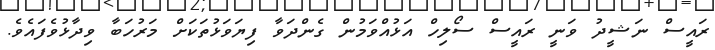
ރައީސް ނަޝީދު ވަނީ ރައީސް ސޯލިހް އަޅުއްވަމުން ގެންދަވާ ފިޔަވަޅުތަކަށް މަރުހަބާ ވިދާޅުވެފައެވެ.